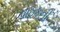
પાઠકની